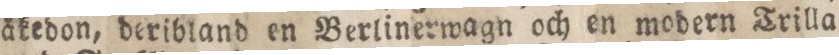
åkedon, deribland en Berlinerwagn och en modern Trilla